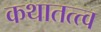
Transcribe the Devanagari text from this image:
कथातत्त्व